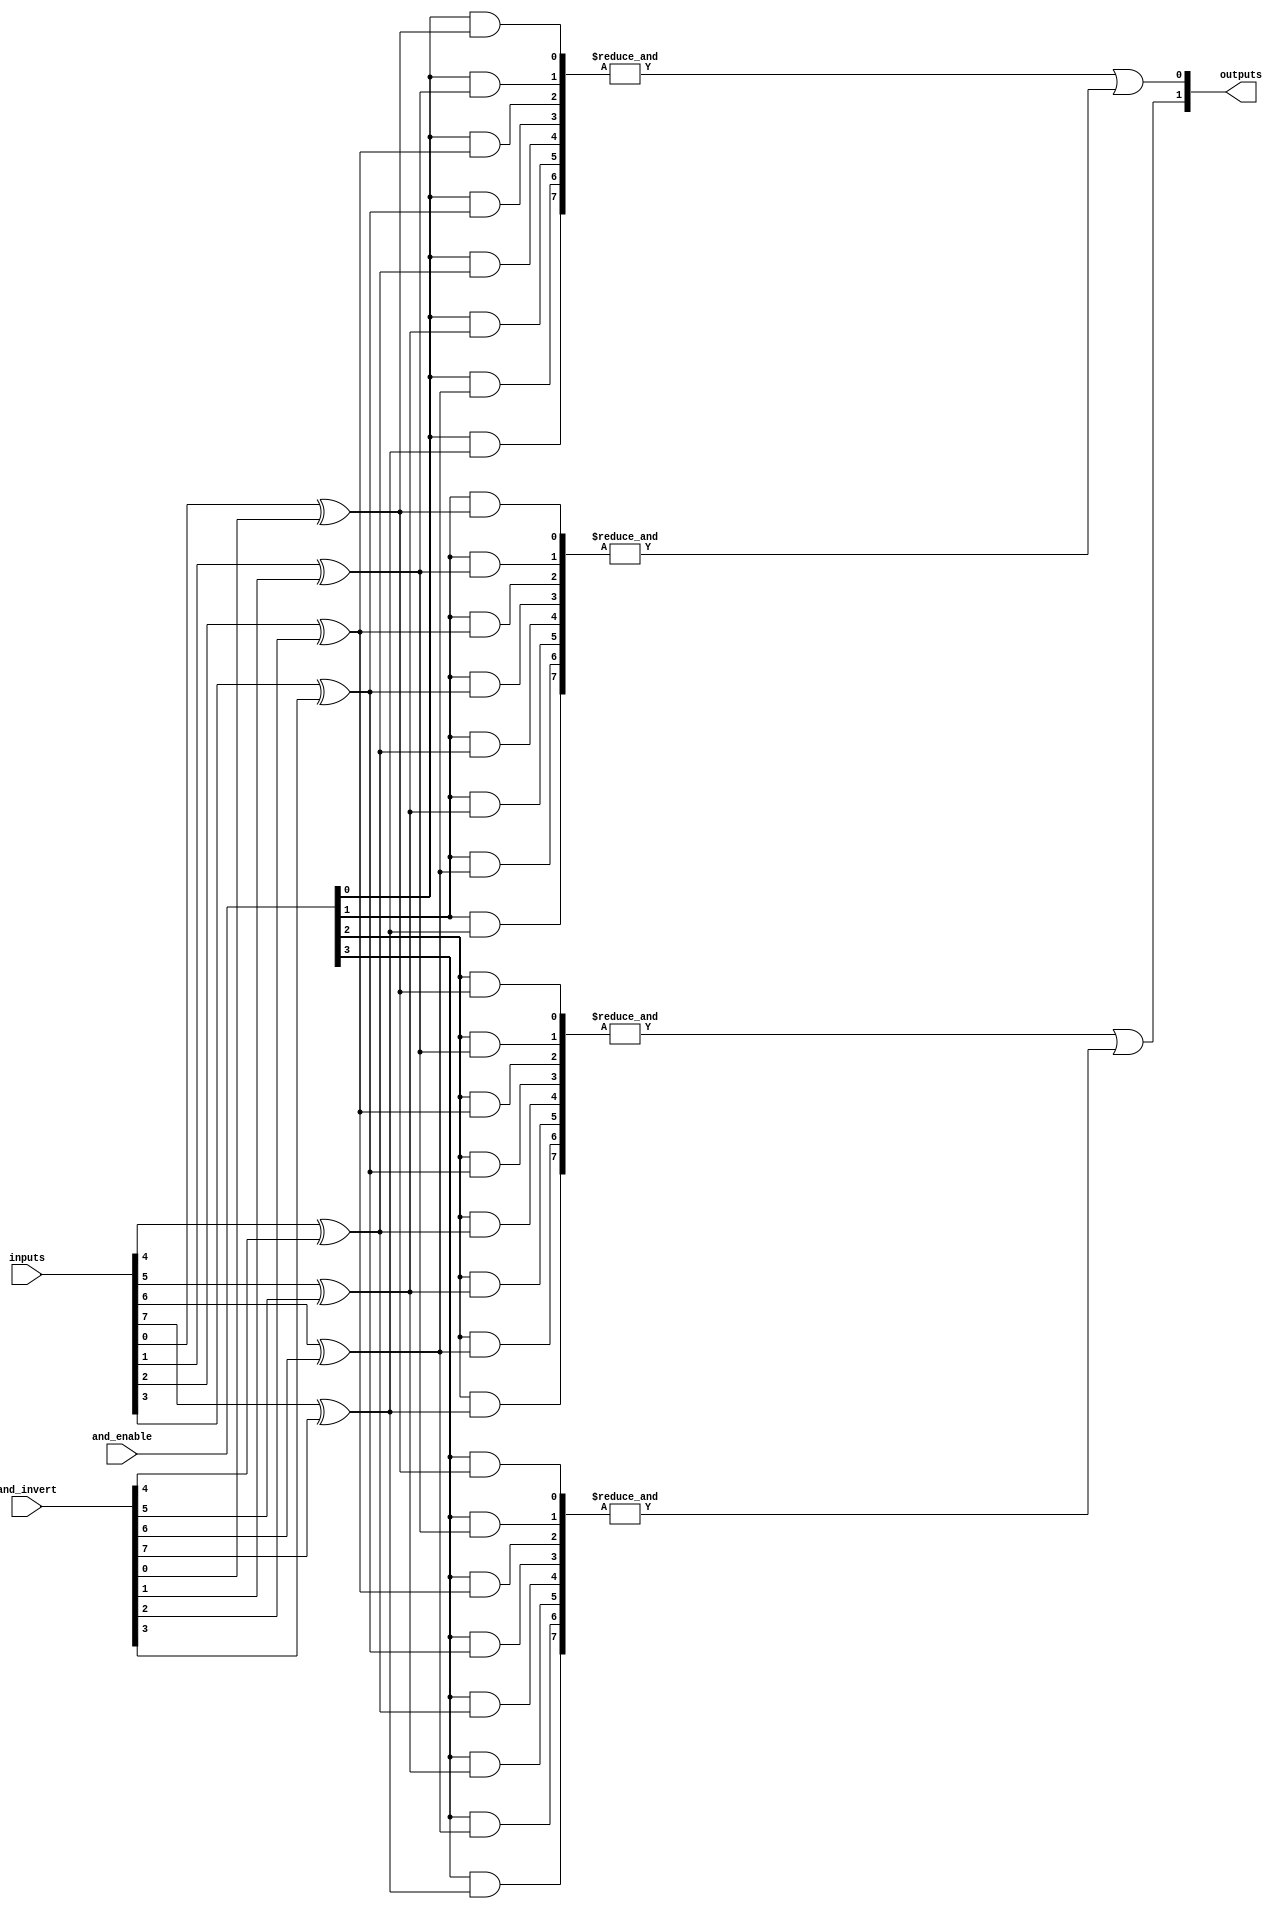
module jewel_pal #(
    parameter NUM_INPUTS = 8,      // Number of inputs
    parameter NUM_AND_GATES = 4,   // Number of programmable AND gates
    parameter NUM_OUTPUTS = 2       // Number of fixed OR outputs
)(
    input wire [NUM_INPUTS-1:0] inputs,       // Input signals
    input wire [NUM_AND_GATES-1:0] and_enable, // AND gate enable signals
    input wire [NUM_INPUTS-1:0] and_invert,    // Inversion control for AND inputs
    output wire [NUM_OUTPUTS-1:0] outputs       // Output signals
);

// Internal wires for AND gate outputs
wire [NUM_AND_GATES-1:0] and_out;

// Programmable AND Array
genvar i, j;
generate
    for (i = 0; i < NUM_AND_GATES; i = i + 1) begin : and_array
        wire [NUM_INPUTS-1:0] and_inputs;
        
        // Connect inputs to AND gates based on control signals
        for (j = 0; j < NUM_INPUTS; j = j + 1) begin : input_connection
            assign and_inputs[j] = (and_enable[i] && (inputs[j] ^ and_invert[j]));
        end
        
        // Implementing the AND gate
        assign and_out[i] = &and_inputs; // AND operation
    end
endgenerate

// Fixed OR Array
assign outputs[0] = and_out[0] | and_out[1]; // Example OR gate 1
assign outputs[1] = and_out[2] | and_out[3]; // Example OR gate 2

endmodule